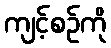
ကျင့်စဉ်ကို